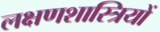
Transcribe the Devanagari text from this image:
लक्षणशास्त्रियों